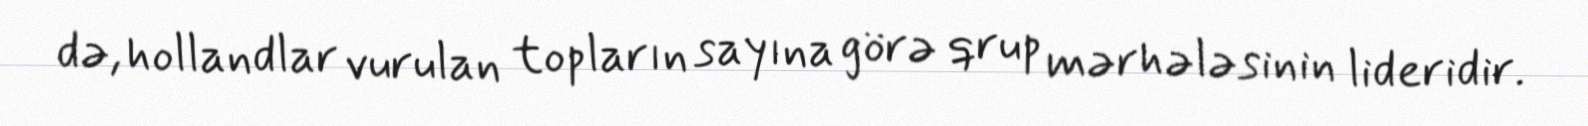
də, hollandlar vurulan topların sayına görə qrup mərhələsinin lideridir.